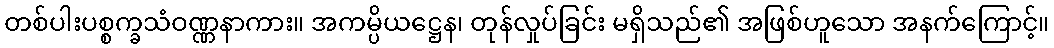
တစ်ပါးပစ္စက္ခသံဝဏ္ဏနာကား။ အကမ္ပိယဋ္ဌေန၊ တုန်လှုပ်ခြင်း မရှိသည်၏ အဖြစ်ဟူသော အနက်ကြောင့်။